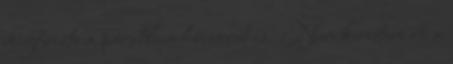
megőrizte a páratlan humorát is. Nem kerestem rá a